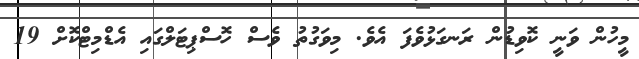
މީހުން ވަނީ ކޮވިޑުން ރަނގަޅުވެފަ އެވެ. މިވަގުތު ވެސް ހޮސްޕިޓަލްގައި އެޑްމިޓްކޮށް 19